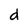
Character: d